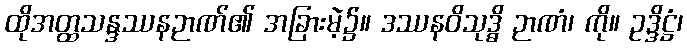
ထိုအတ္ထသန္ဒဿနဉာဏ်၏ အခြားမဲ့၌။ ဒဿနဝိသုဒ္ဓိ ဉာဏံ၊ ကို။ ဥဒ္ဒိဋ္ဌံ၊